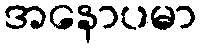
အနောပမာ